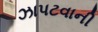
ઝાપટવાની